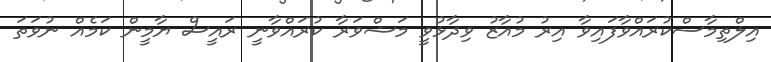
އިލްތިމާސްކުރައްވާފައިވާ އިރު މުއާޒު ވިދާޅުވީ މަޝްވަރާ ކުރައްވާނީ ރައީސް ޔާމީން ކަމެއް ނުވަތަ